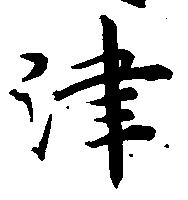
津